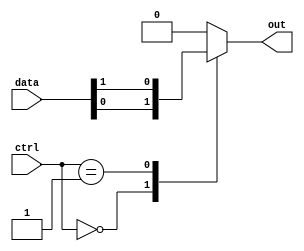
module mux_128to1 (
    input [127:0] data,
    input [6:0] ctrl,
    output reg out
);

always @(*) begin
    case (ctrl)
        7'b0000000: out = data[0];
        7'b0000001: out = data[1];
        // continue for all 128 input signals
        default: out = 1'b0; // default to 0 if control signal is invalid
    endcase
end

endmodule